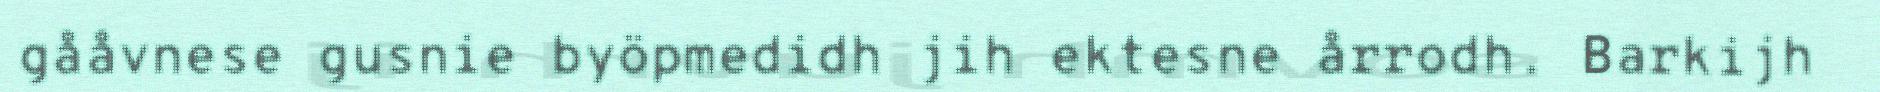
gååvnese gusnie byöpmedidh jih ektesne årrodh. Barkijh